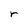
Character: r